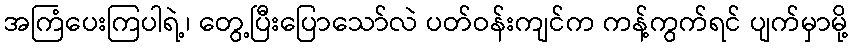
အကြံပေးကြပါရဲ့၊ တွေ့ပြီးပြောသော်လဲ ပတ်ဝန်းကျင်က ကန့်ကွက်ရင် ပျက်မှာမို့